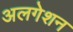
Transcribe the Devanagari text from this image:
अलगेशन